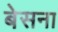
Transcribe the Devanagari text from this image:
बेसना